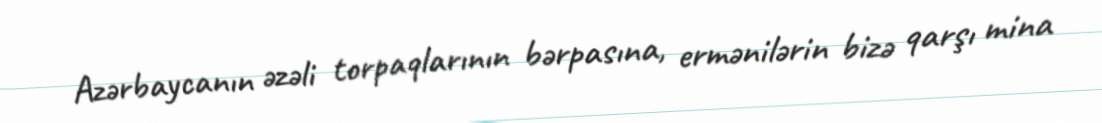
Azərbaycanın əzəli torpaqlarının bərpasına, ermənilərin bizə qarşı mina